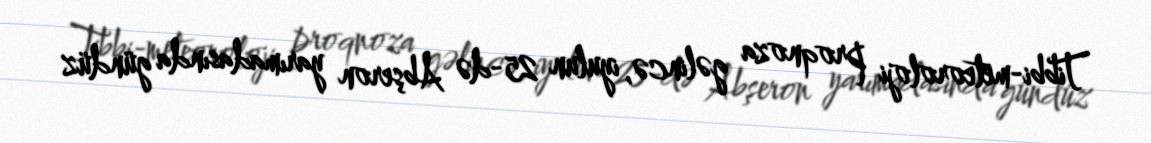
Tibbi-meteoroloji proqnoza gəlincə, iyulun 25-də Abşeron yarımadasında gündüz